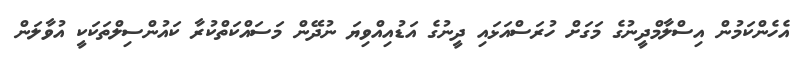
އެހެންކަމުން އިސްލާމްދީނުގެ މަގަށް ހުރަސްއަޅައި ދީނުގެ އަޑުއިއްވިޔަ ނުދޭން މަސައްކަތްކުރާ ކައުންސިލްތަކަކީ އުވާލަން